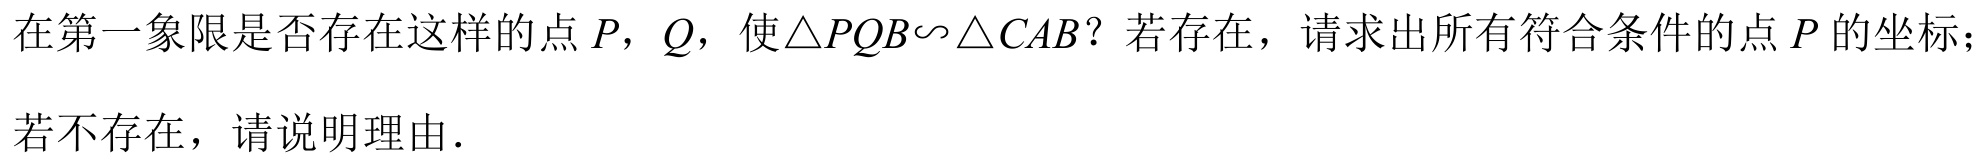
在第一象限是否存在这样的点\(P\)，\(Q\)，使\(\triangle PQB\sim\triangle CAB\)？若存在，请求出所有符合条件的点\(P\)的坐标；若不存在，请说明理由．